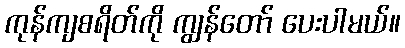
ကုန်ကျစရိတ်ကို ကျွန်တော် ပေးပါမယ်။